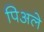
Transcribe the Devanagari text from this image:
पिअले